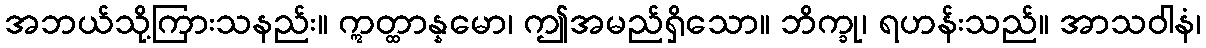
အဘယ်သို့ကြားသနည်း။ ဣတ္ထာန္နမော၊ ဤအမည်ရှိသော။ ဘိက္ခု၊ ရဟန်းသည်။ အာသဝါနံ၊